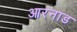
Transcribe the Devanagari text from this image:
आरनाड